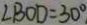
\angle B O D = 3 0 ^ { \circ }